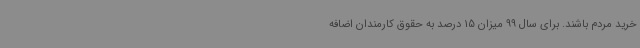
خرید مردم باشند. برای سال 99 میزان 15 درصد به حقوق‌ کارمندان اضافه